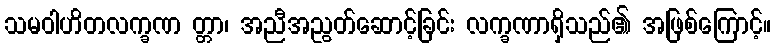
သမဝါဟိတလက္ခဏ တ္တာ၊ အညီအညွတ်ဆောင့်ခြင်း လက္ခဏာရှိသည်၏ အဖြစ်ကြောင့်။